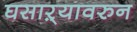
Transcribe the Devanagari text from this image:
घसाऱ्यावरुन